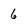
Character: 6